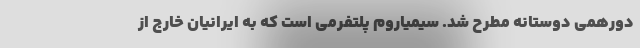
دورهمی دوستانه مطرح شد. سیمیاروم پلتفرمی است که به ایرانیان خارج از